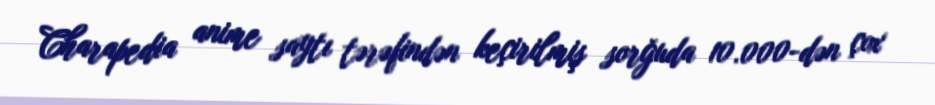
Charapedia anime saytı tərəfindən keçirilmiş sorğuda 10.000-dən çox